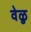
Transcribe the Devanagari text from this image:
वेळु